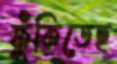
ফুঁকিতেছ